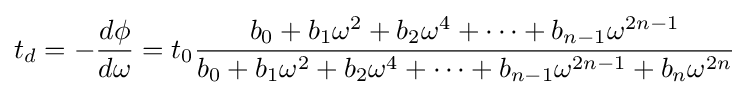
t_{d}=-{\frac {d\phi }{d\omega }}=t_{0}{\frac {b_{0}+b_{1}\omega ^{2}+b_{2}\omega ^{4}+\cdots +b_{n-1}\omega ^{2n-1}}{b_{0}+b_{1}\omega ^{2}+b_{2}\omega ^{4}+\cdots +b_{n-1}\omega ^{2n-1}+b_{n}\omega ^{2n}}}